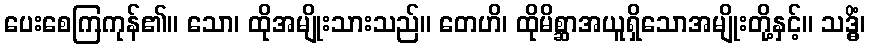
ပေးစေကြကုန်၏။ သော၊ ထိုအမျိုးသားသည်။ တေဟိ၊ ထိုမိစ္ဆာအယူရှိသောအမျိုးတို့နှင့်။ သဒ္ဓိံ၊